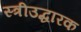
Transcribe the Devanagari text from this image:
स्त्रीउद्धारक